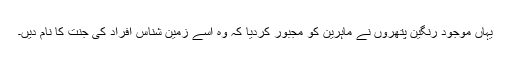
یہاں موجود رنگین پتھروں نے ماہرین کو مجبور کردیا کہ وہ اسے زمین شناس افراد کی جنت کا نام دیں۔